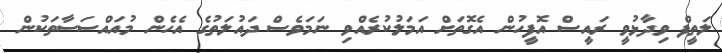
ލަތީފް ވިދާޅުވީ ރައީސް އޮފީހުން އެގޮތަށް އަމަލުކުރެއްވި ނަމަވެސް ދައުލަތުގެ އެހެން މުއައްސަސާތަކުން